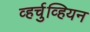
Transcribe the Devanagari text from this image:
व्हर्चुव्हियन